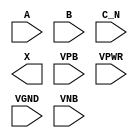
module sky130_fd_sc_hdll__or3b (
    //# {{data|Data Signals}}
    input  A   ,
    input  B   ,
    input  C_N ,
    output X   ,

    //# {{power|Power}}
    input  VPB ,
    input  VPWR,
    input  VGND,
    input  VNB
);
endmodule